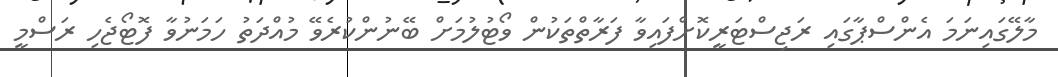
މާލޭގައިނަމަ އެންސްޕާގައި ރަޖިސްޓަރީކޮށްފައިވާ ފަރާތްތަކުން ވޯޓުލުމަށް ބޭނުންކުރެވޭ މުއްދަތު ހަމަނުވާ ފޮޓޯޖެހި ރަސްމީ